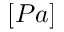
[ P a ]